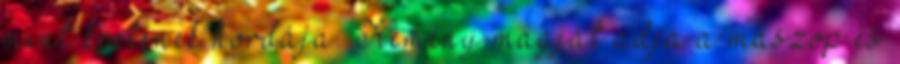
mint kretének hordája. Kemény magját adja a maszop és